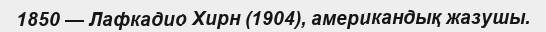
1850 — Лафкадио Хирн (1904), американдық жазушы.